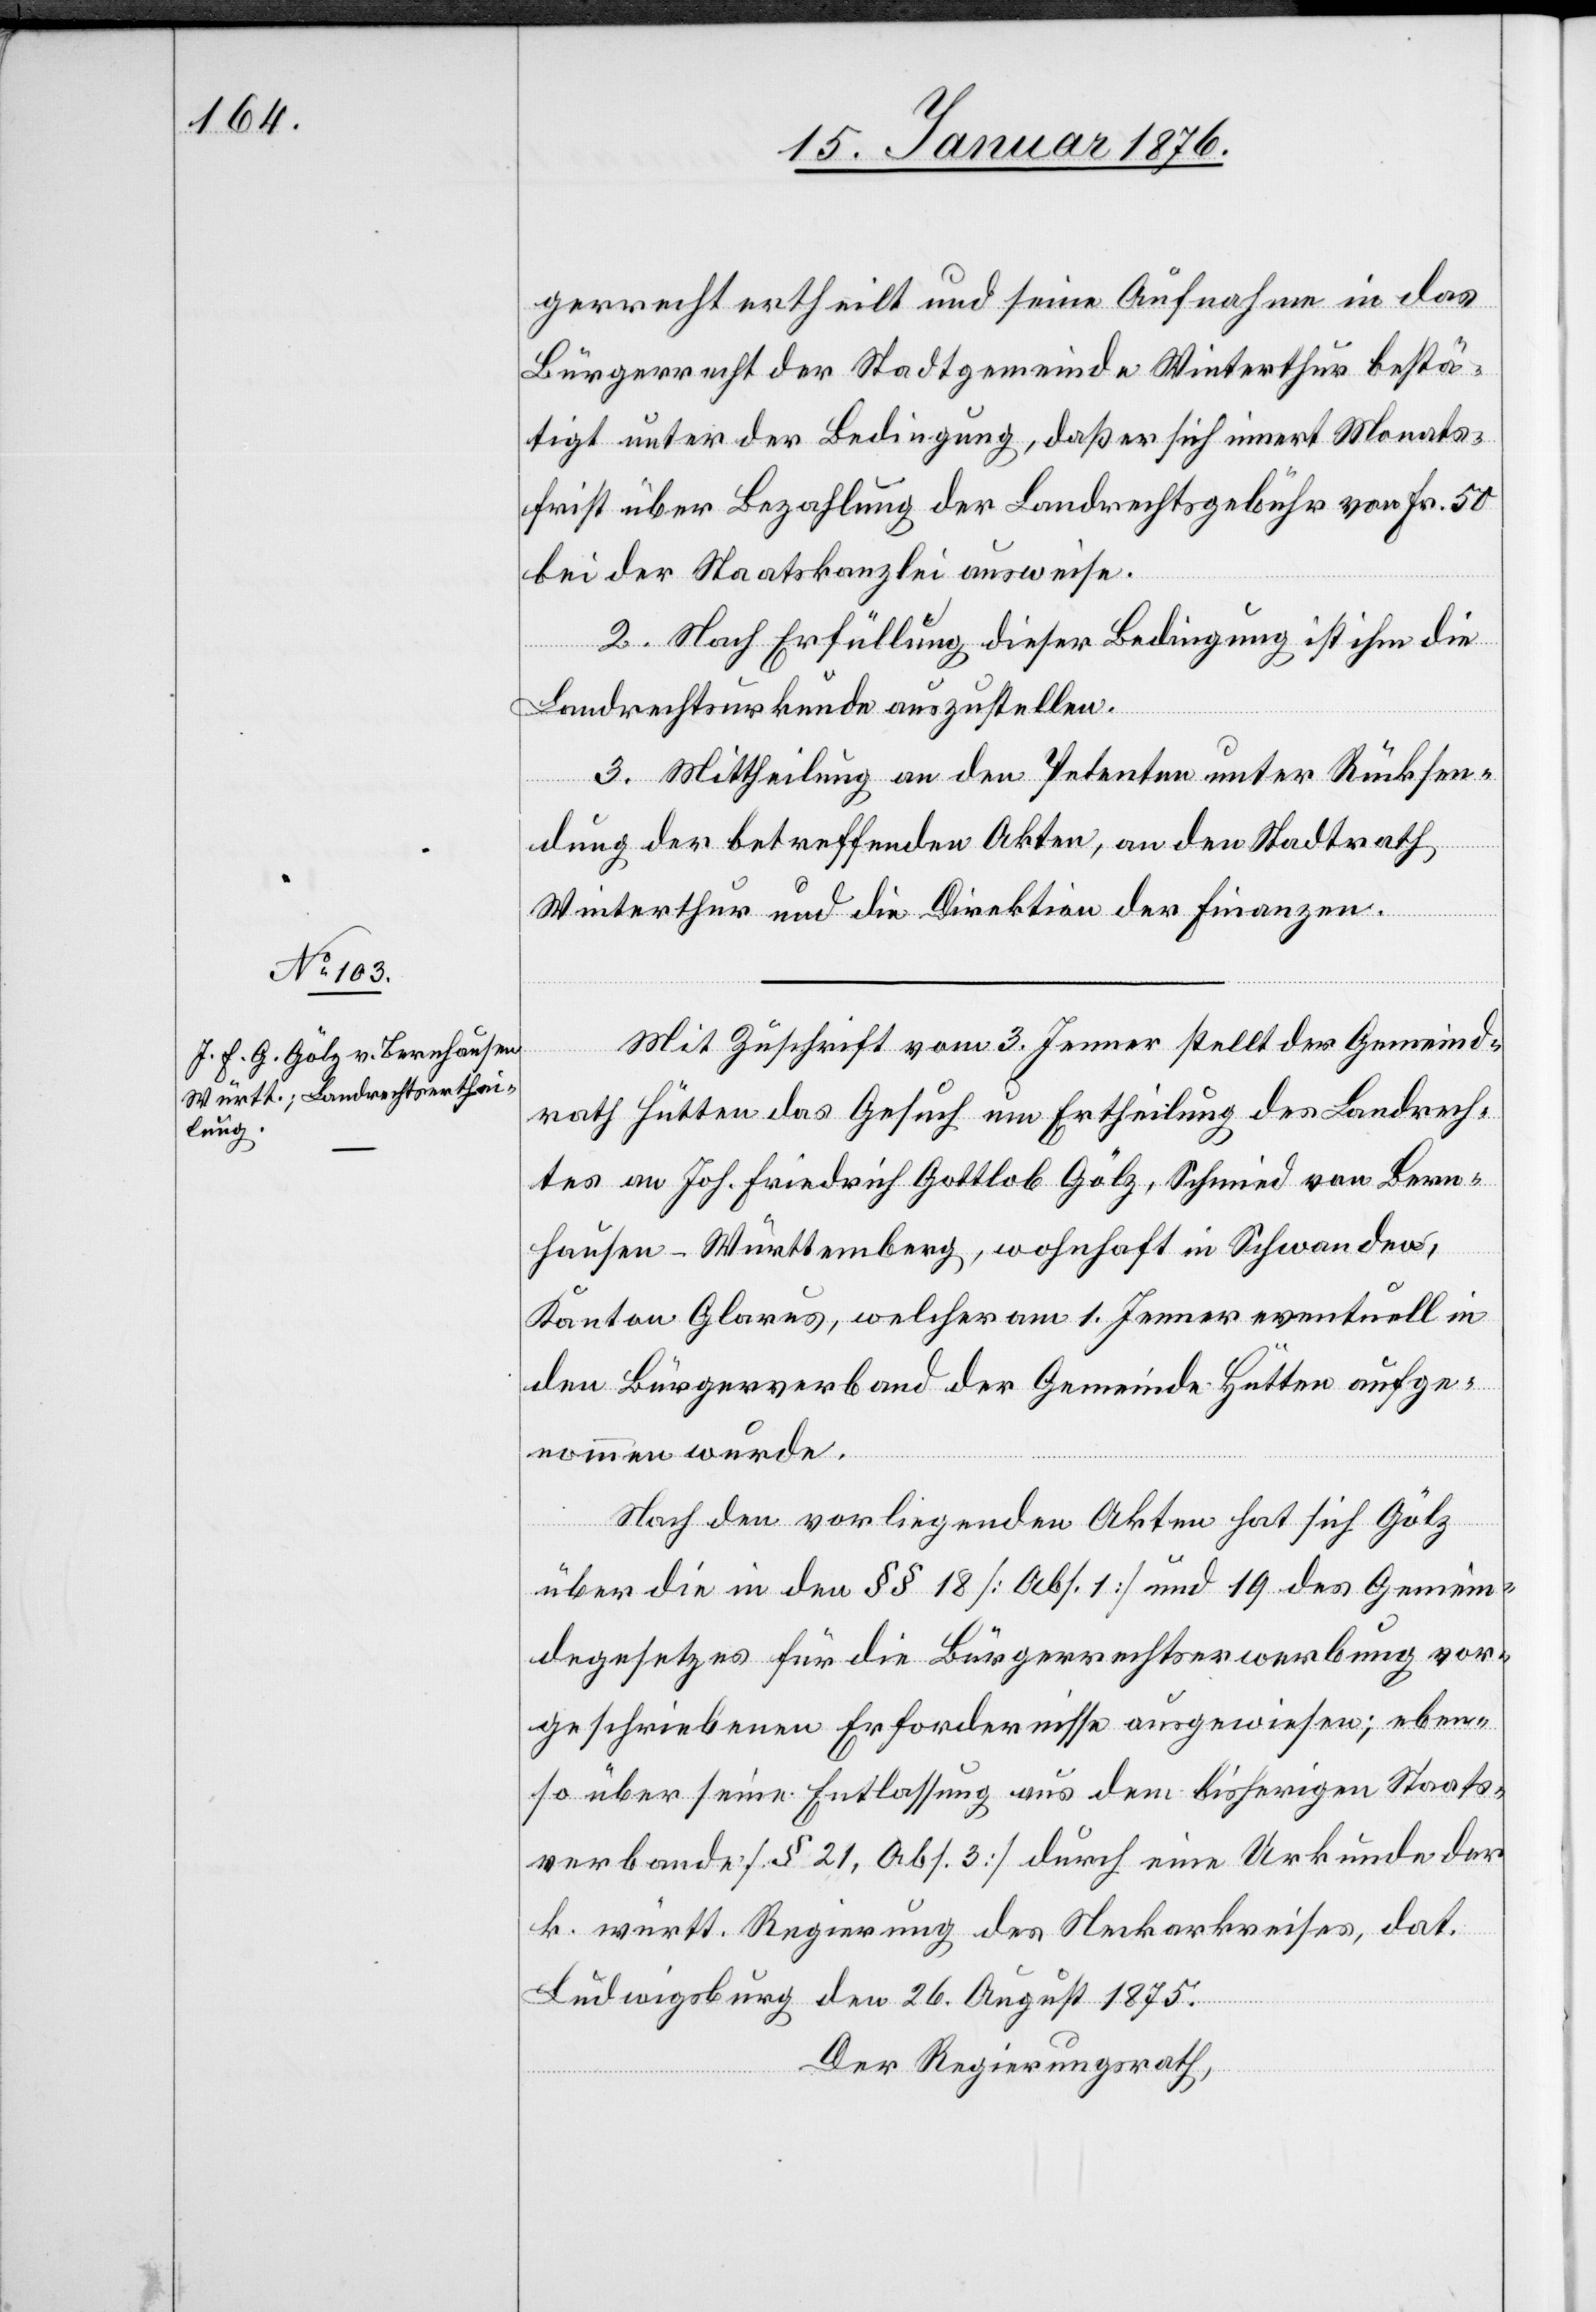
gerrecht ertheilt und seine Aufnahme in das
Bürgerrecht der Stadtgemeinde Winterthur bestä¬
tigt unter der Bedingung, daß er sich innert Monats¬
frist über Bezahlung der Landrechtsgebühr von Fr. 50
bei der Staatskanzlei ausweise.
2. Nach Erfüllung dieser Bedingung ist ihm die
Landrechtsurkunde auszustellen.
3. Mittheilung an den Petenten unter Rücksen¬
dung der betreffenden Akten, an den Stadtrath
Winterthur und die Direktion der Finanzen.
Mit Zuschrift vom 3. Jenner stellt der Gemeind¬
rath Hütten das Gesuch um Ertheilung des Landrech¬
tes an Joh. Friedrich Gottlob Gölz, Schmied von Bern¬
hausen – Württemberg, wohnhaft in Schwanden,
Kanton Glarus, welcher am 1. Jenner eventuell in
den Bürgerverband der Gemeinde Hütten aufge¬
nommen wurde.
Nach den vorliegenden Akten hat sich Gölz
über die in den §§ 18 [Abs. 1] und 19 des Gemein¬
degesetzes für die Bürgerrechtserwerbung vor¬
geschriebenen Erfordernisse ausgewiesen; eben¬
so über seine Entlassung aus dem bisherigen Staats¬
verbande [§ 21, Abs. 3] durch eine Urkunde der
k. württ. Regierung des Neckarkreises, dat.
Ludwigsburg den 26. August 1875.
Der Regierungsrath,